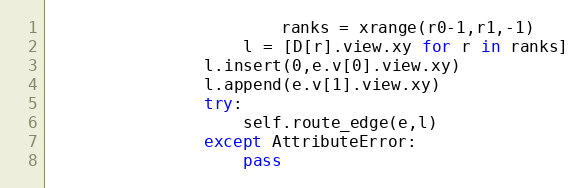
Language: Python
                        ranks = xrange(r0-1,r1,-1)
                    l = [D[r].view.xy for r in ranks]
                l.insert(0,e.v[0].view.xy)
                l.append(e.v[1].view.xy)
                try:
                    self.route_edge(e,l)
                except AttributeError:
                    pass